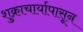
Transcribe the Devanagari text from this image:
शुक्राचार्यापासून